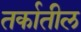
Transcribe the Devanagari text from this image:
तर्कातील